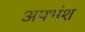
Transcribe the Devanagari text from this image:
अपभंश